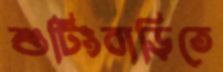
শুটিংবাড়িতে